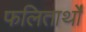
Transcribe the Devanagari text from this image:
फलितार्थों